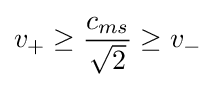
v_{+}\geq {\frac {c_{ms}}{\sqrt {2}}}\geq v_{-}